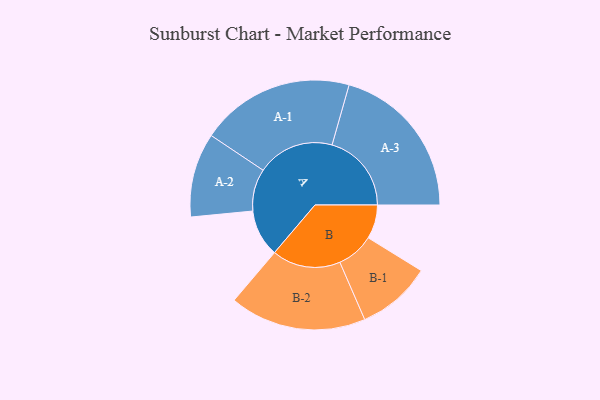
{"axis": {"x": "Segment", "y": "Value"}, "legend": ["", "A", "B"], "data": [{"x": "A", "y": 167, "type": ""}, {"x": "B", "y": 120, "type": ""}, {"x": "A-1", "y": 273, "type": "A"}, {"x": "A-2", "y": 149, "type": "A"}, {"x": "A-3", "y": 281, "type": "A"}, {"x": "B-1", "y": 132, "type": "B"}, {"x": "B-2", "y": 242, "type": "B"}]}